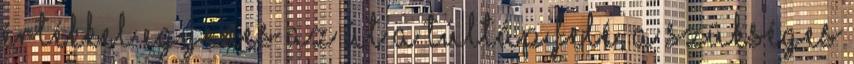
értékkel egyenes az út a túltáp felé, a szükséges